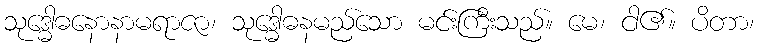
သုဒ္ဓေါဓနောနာမရာဇာ၊ သုဒ္ဓေါဓနမည်သော မင်းကြီးသည်။ မေ၊ ငါ၏။ ပိတာ၊